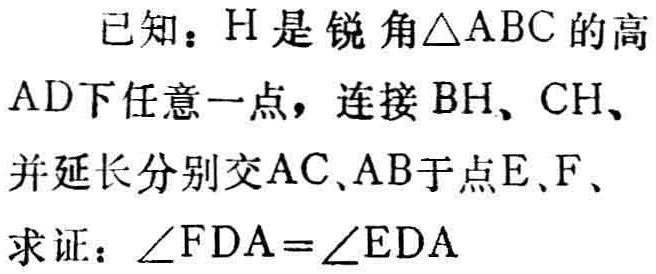
已知：\(H\)是锐角\(\triangle ABC\)的高\(AD\)下任意一点，连接\(BH\)、\(CH\)、并延长分别交\(AC\)、\(AB\)于点\(E\)、\(F\)、

求证：\(\angle FDA = \angle EDA\)